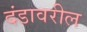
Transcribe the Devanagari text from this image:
दंडावरील